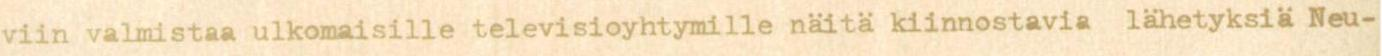
viin valmistaa ulkomaisille televisioyhtymille näitä kiinnostavia lähetyksiä Neu-